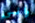
واني